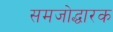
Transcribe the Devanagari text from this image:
समजोद्धारक